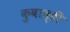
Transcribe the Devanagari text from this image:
कुबाव्ही